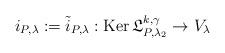
LaTeX: \begin{align*}i_{P,\lambda}:=\tilde i_{P,\lambda}:\operatorname{Ker}\mathfrak L_{P,\lambda_2}^{k,\gamma}\to V_{\lambda} \end{align*}